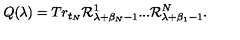
Q ( \lambda ) = T r _ { t _ { N } } { \cal R } _ { \lambda + \beta _ { N } - 1 } ^ { 1 } . . . { \cal R } _ { \lambda + \beta _ { 1 } - 1 } ^ { N } .